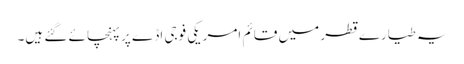
یہ طیارے قطر میں قائم امریکی فوجی اڈے پر پہنچائے گئے ہیں۔